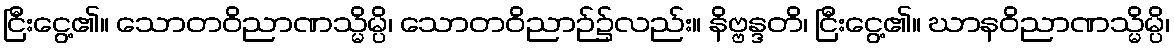
ငြီးငွေ့၏။ သောတဝိညာဏသ္မိမ္ပိ၊ သောတဝိညာဉ်၌လည်း။ နိဗ္ဗန္ဒတိ၊ ငြီးငွေ့၏။ ဃာနဝိညာဏသ္မိမ္ပိ၊